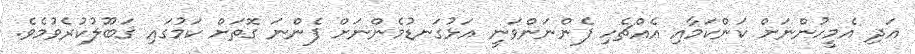
އަދި އެމީހުންނަށް ކަންކަމާއި އެއްޗެހި ފެންނަންވަނީ އަޅުގަނޑުމެންނަށް ފެންނަ ގޮތަށް ކަމުގައި ޤަބޫލުކުރެވުމެވެ.